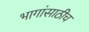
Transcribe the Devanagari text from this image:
भागांसाठीच